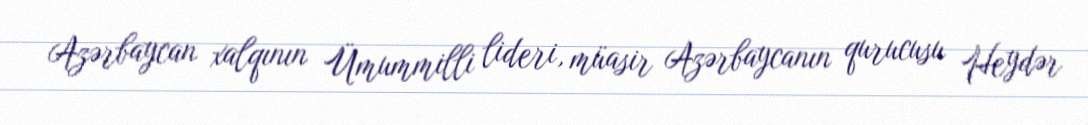
Azərbaycan xalqının Ümummilli lideri, müasir Azərbaycanın qurucusu Heydər